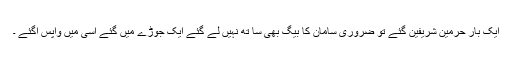
ایک بار حرمین شریفین گئے تو ضروری سامان کا بیگ بھی سا تھ نہیں لے گئے ایک جوڑے میں گئے اسی میں واپس آگئے ۔